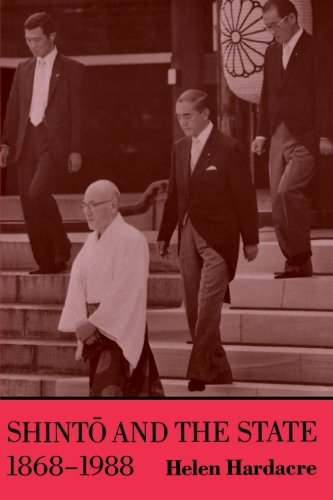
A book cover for Shinto and the State, 1868-1988 (Studies in Church and State); Helen Hardacre; Religion & Spirituality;